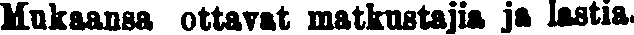
Mukaansa ottavat matkustajia ja lastia.